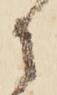
に